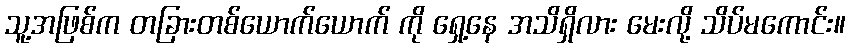
သူ့အဖြစ်က တခြားတစ်ယောက်ယောက် ကို ရှေ့နေ အသိရှိလား မေးလို့ သိပ်မကောင်း။